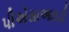
પીએસાઆઇડી